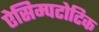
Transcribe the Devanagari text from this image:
ऐसिम्पटोटिक